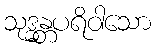
သုဒ္ဓန္တပရိဝါသော